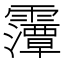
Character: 䨵